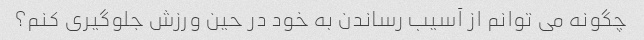
چگونه می توانم از آسیب رساندن به خود در حین ورزش جلوگیری کنم؟